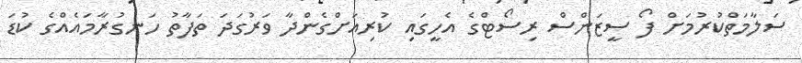
ސަލާމަތްކުރުމަށް ފޯ ސީޒަންސް ރިސޯޓްގެ އެހީގައި ކުރިއަށްގެންދާ ވަރުގަދަ ތަފާތު ހަނގުރާމައެއްގެ ކުޑަ